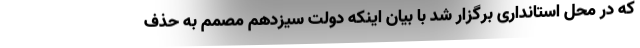
که در محل استانداری برگزار شد با بیان اینکه دولت سیزدهم مصمم به حذف